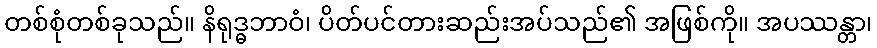
တစ်စုံတစ်ခုသည်။ နိရုဒ္ဓဘာဝံ၊ ပိတ်ပင်တားဆည်းအပ်သည်၏ အဖြစ်ကို။ အပဿန္တာ၊